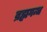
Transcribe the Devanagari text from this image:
ब्रह्मगन्ध